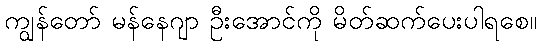
ကျွန်တော် မန်နေဂျာ ဦးအောင်ကို မိတ်ဆက်ပေးပါရစေ။